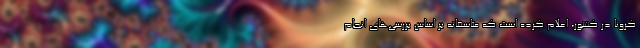
کرونا در کشور، اعلام کرده است که متاسفانه بر اساس بررسی‌های انجام